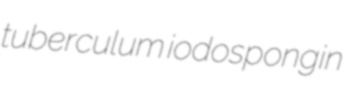
tuberculum iodospongin